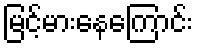
မြင့်မားနေကြောင်း